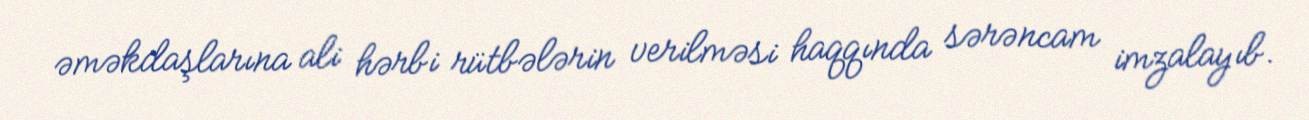
əməkdaşlarına ali hərbi rütbələrin verilməsi haqqında sərəncam imzalayıb.